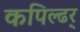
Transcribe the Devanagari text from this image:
कपिल्ढर्